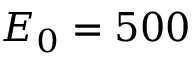
E _ { 0 } = 5 0 0